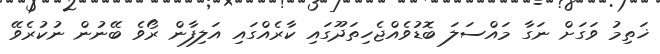
ޚަތިމު ވަގަށް ނަގާ މައްސަލަ ބޮޑުވެއްޖެހިތަދޫގައި ކާރެއްގައި އަލިފާން ރޯވެ ބޭނުން ނުކުރެވޭ